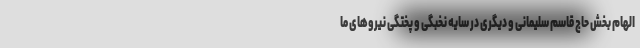
الهام بخش حاج قاسم سلیمانی و دیگری در سایه نخبگی و پختگی نیروهای ما